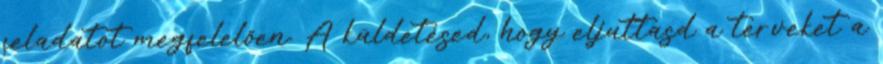
feladatot megfelelően. A küldetésed, hogy eljuttasd a terveket a